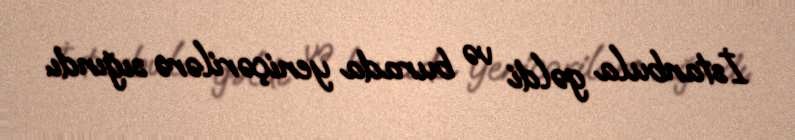
İstanbula gəldi və burada yeniçərilərə sığındı.